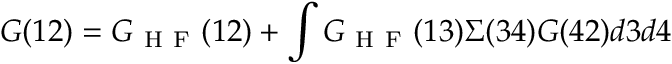
G ( 1 2 ) = G _ { \mathrm { ~ H ~ F ~ } } ( 1 2 ) + \int G _ { \mathrm { ~ H ~ F ~ } } ( 1 3 ) \Sigma ( 3 4 ) G ( 4 2 ) d 3 d 4